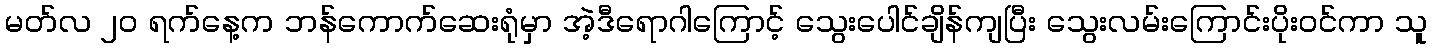
မတ်လ ၂၀ ရက်နေ့က ဘန်ကောက်ဆေးရုံမှာ အဲ့ဒီရောဂါကြောင့် သွေးပေါင်ချိန်ကျပြီး သွေးလမ်းကြောင်းပိုးဝင်ကာ သူ